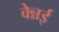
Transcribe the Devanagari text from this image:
वेन्नई